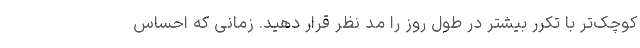
کوچک‌تر با تکرر بیشتر در طول روز را مد نظر قرار دهید. زمانی که احساس